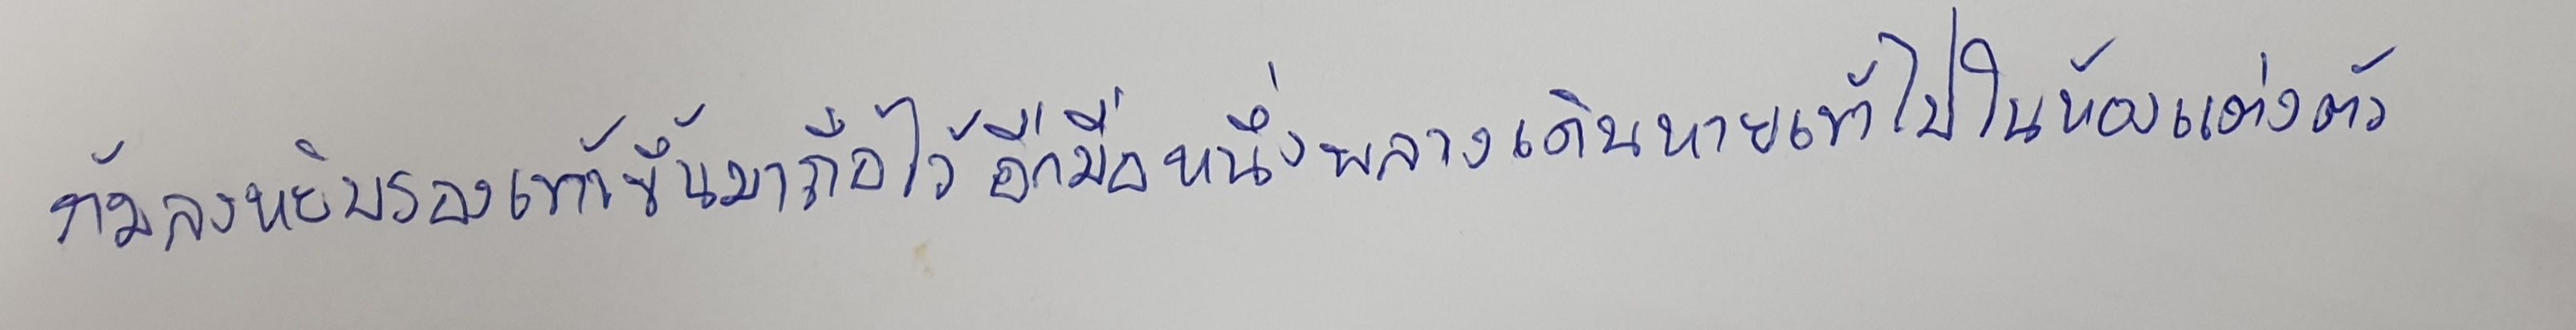
ก้มลงหยิบรองเท้าขึ้นมาถือไว้อีกมือหนึ่งพลางเดินหายเข้าไปในห้องแต่งตัว